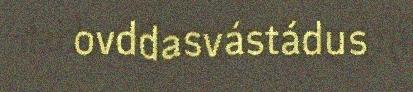
ovddasvástádus